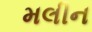
મલીન